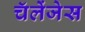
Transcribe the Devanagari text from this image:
चॅलेंजेस